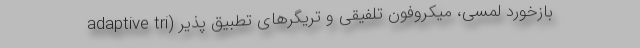
بازخورد لمسی، میکروفون تلفیقی و تریگرهای تطبیق پذیر (adaptive tri